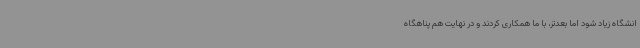
انشگاه زیاد شود اما بعدتر، با ما همکاری کردند و در نهایت هم پناهگاه